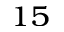
_ { 1 5 }